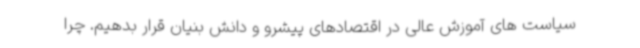
سیاست های آموزش عالی در اقتصادهای پیشرو و دانش بنیان قرار بدهیم. چرا